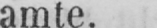
amte.